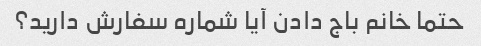
حتما خانم باج دادن آیا شماره سفارش دارید؟